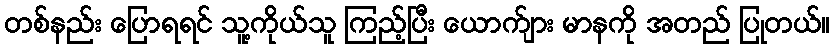
တစ်နည်း ပြောရရင် သူ့ကိုယ်သူ ကြည့်ပြီး ယောက်ျား မာနကို အတည် ပြုတယ်။